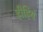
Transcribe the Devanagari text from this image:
ह्रीह्रियं